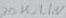
Text: 20K_LIN